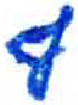
אות: ף